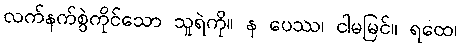
လက်နက်စွဲကိုင်သော သူရဲကို။ န ပေဿ၊ ငါမမြင်။ ရထေ၊